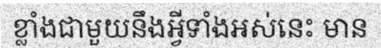
ខ្លាំងជាមួយនឹងអ្វីទាំងអស់នេះ មាន